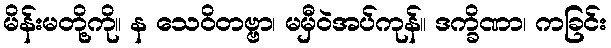
မိန်းမတို့ကို။ န သေဝိတဗ္ဗာ၊ မမှီဝဲအပ်ကုန်။ ဒက္ခိဏာ၊ ကခြင်း